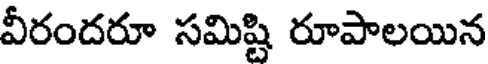
వీరందరూ సమిష్టి రూపాలయిన